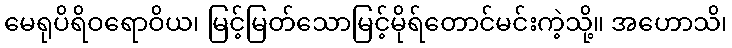
မေရုပိရိဝရောဝိယ၊ မြင့်မြတ်သောမြင့်မိုရ်တောင်မင်းကဲ့သို့။ အဟောသိ၊